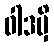
ဝါဒမှိ